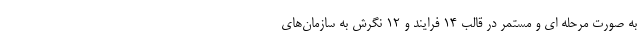
به صورت مرحله ای و مستمر در قالب ۱۴ فرایند و ۱۲ نگرش به سازمان‌های